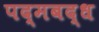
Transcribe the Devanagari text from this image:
पद्मबद्ध